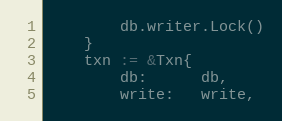
Language: Go
		db.writer.Lock()
	}
	txn := &Txn{
		db:      db,
		write:   write,